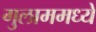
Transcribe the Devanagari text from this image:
गुलाममध्ये